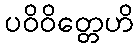
ပဝိဝိတ္တေဟိ